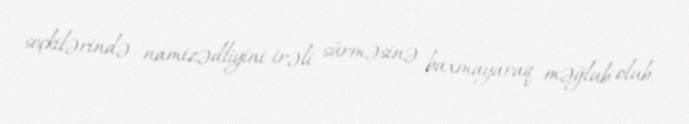
seçkilərində namizədliyini irəli sürməsinə baxmayaraq məğlub olub.